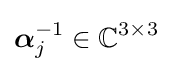
{\boldsymbol {\alpha }}_{j}^{-1}\in \mathbb {C} ^{3\times 3}